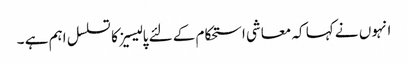
انہوں نے کہا کہ معاشی استحکام کے لئے پالیسیز کا تسلسل اہم ہے ۔